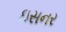
ઇસનર